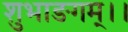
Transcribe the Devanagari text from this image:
शुभाङगम्।।